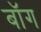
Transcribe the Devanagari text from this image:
बॉग